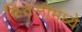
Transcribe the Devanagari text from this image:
किटलीमध्ये